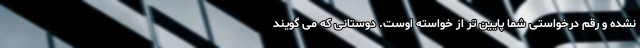
نشده و رقم درخواستی شما پایین تر از خواسته اوست. دوستانی که می گویند